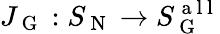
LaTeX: J_{\mathrm{~G~}}:S_{\mathrm{~N~}}\to S_{\mathrm{~G~}}^{\mathrm{~a~l~l~}}